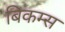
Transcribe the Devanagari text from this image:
बिकम्स